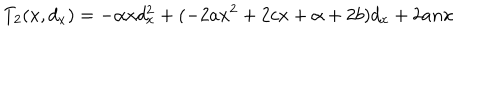
T _ { 2 } ( x , d _ { x } ) = - \alpha x d _ { x } ^ { 2 } + ( - 2 a x ^ { 2 } + 2 c x + \alpha + 2 b ) d _ { x } + 2 a n x